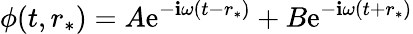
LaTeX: \phi(t,r_{*})=A\mathrm{e}^{-\mathbf{i}\omega(t-r_{*})}+B\mathrm{e}^{-\mathbf{i}\omega(t+r_{*})}